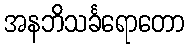
အနဘိသင်္ခရောတော